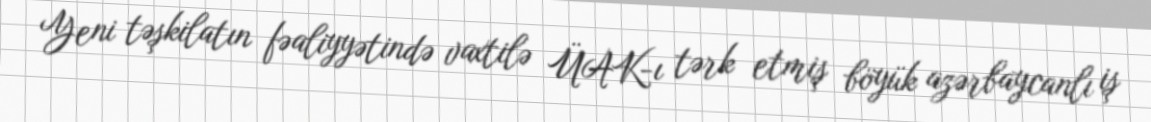
Yeni təşkilatın fəaliyyətində vaxtilə ÜAK-ı tərk etmiş böyük azərbaycanlı iş